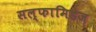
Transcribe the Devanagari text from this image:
सल्फामिडेज़